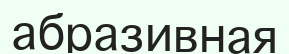
абразивная